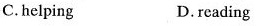
C.helping D.rcading